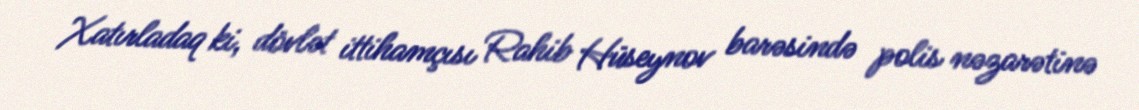
Xatırladaq ki, dövlət ittihamçısı Rahib Hüseynov barəsində polis nəzarətinə